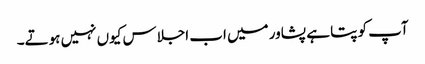
آپ کو پتا ہے پشاور میں اب اجلاس کیوں نہیں ہوتے۔